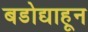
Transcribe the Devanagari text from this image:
बडोद्याहून